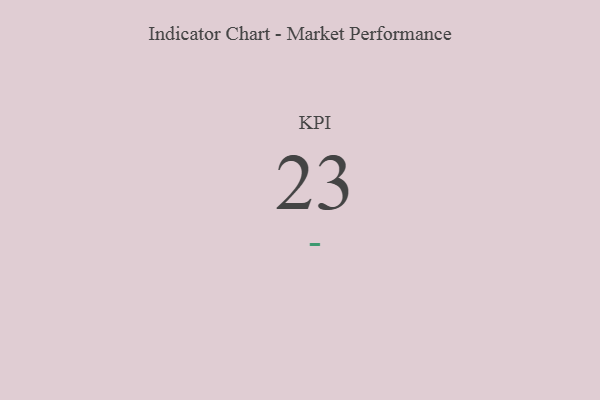
{"axis": {"x": "KPI", "y": "Value"}, "legend": [""], "data": [{"x": "KPI", "y": 23, "type": ""}]}